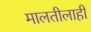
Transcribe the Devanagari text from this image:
मालतीलाही